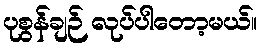
ပုစွန်ချဉ် လုပ်ပါတော့မယ်။